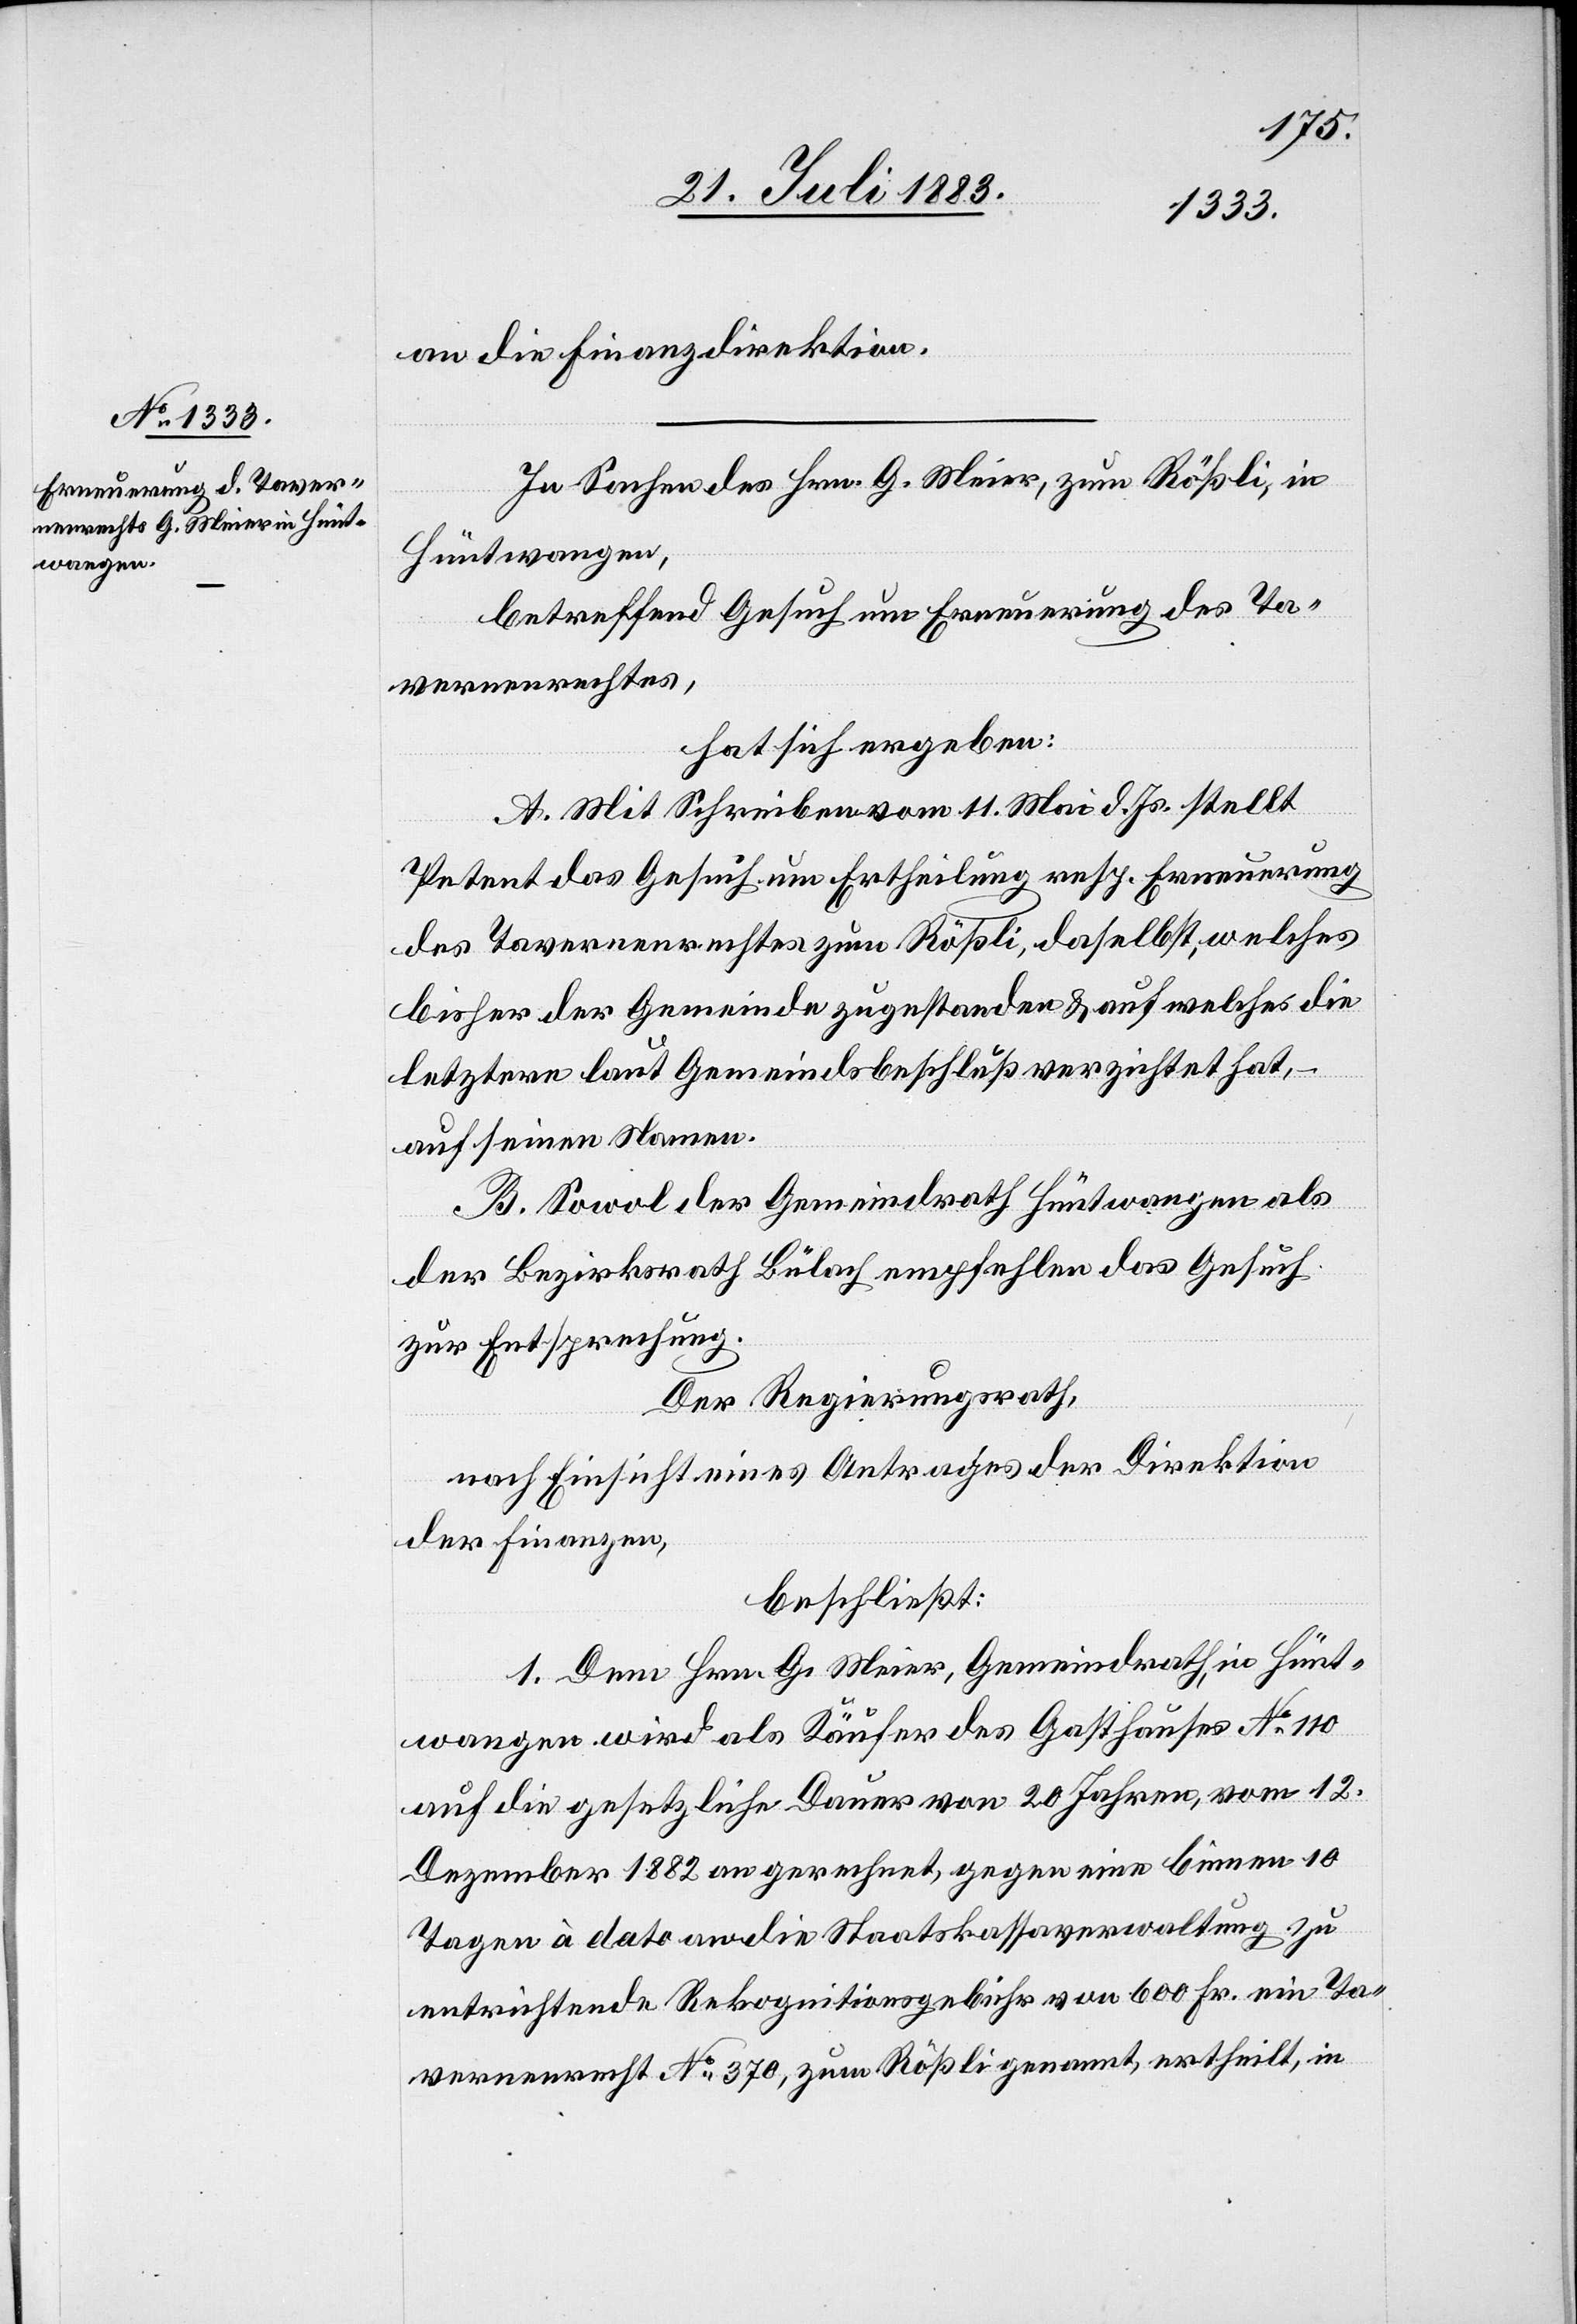
an die Finanzdirektion.
In Sachen des Hrn. G. Meier, zum Rößli, in
Hüntwangen,
betreffend Gesuch um Erneuerung des Ta¬
vernenrechtes,
hat sich ergeben:
A. Mit Schreiben vom 11. Mai d. Js. stellt
Petent das Gesuch um Ertheilung resp. Erneuerung
des Tavernenrechtes zum Rößli, daselbst, welches
bisher der Gemeinde zugestanden & auf welches die
letztere laut Gemeindsbeschluß verzichtet hat,
auf seinen Namen.
B. Sowol der Gemeindrath Hüntwangen als
der Bezirksrath Bülach empfehlen das Gesuch
zur Entsprechung.
Der Regierungsrath,
nach Einsicht eines Antrages der Direktion
der Finanzen,
beschließt:
1. Dem Hrn. G. Meier, Gemeindrath, in Hünt¬
wangen wird als Käufer des Gasthauses No 110
auf die gesetzliche Dauer von 20 Jahren, vom 12.
Dezember 1882 an gerechnet, gegen einen binnen 10
Tagen à dato an die Staatskassaverwaltung zu
entrichtende Rekognitionsgebühr von 600 Fr. ein Ta¬
vernenrecht No 370, zum Rößli genannt, ertheilt, in